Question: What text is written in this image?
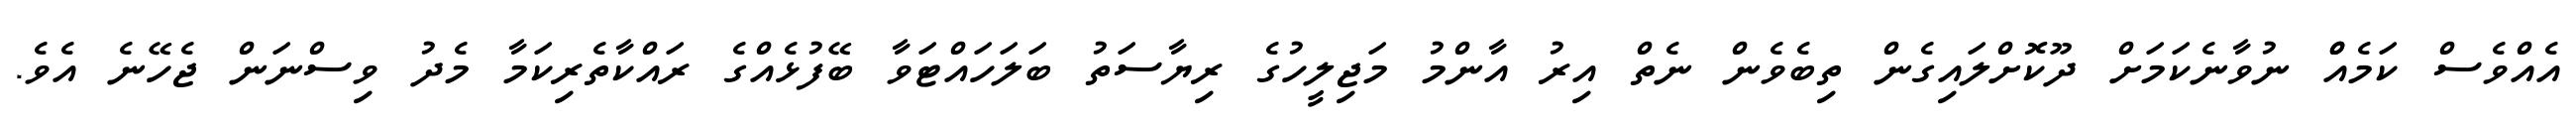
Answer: އެއްވެސް ކަމެއްް ނުވާނެކަމަށް ދޫކޮށްލައިގެން ތިބެވެން ނެތް އިރު އާންމު މަޖިލީހުގެ ރިޔާސަތު ބަލަހައްޓަވާ ބޭފުޅެއްގެ ރައްކާތެރިކަމާ މެދު ވިސްނަން ޖެހޭނެ އެވެ.